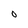
Character: O